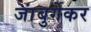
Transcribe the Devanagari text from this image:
जांबुर्गेकर